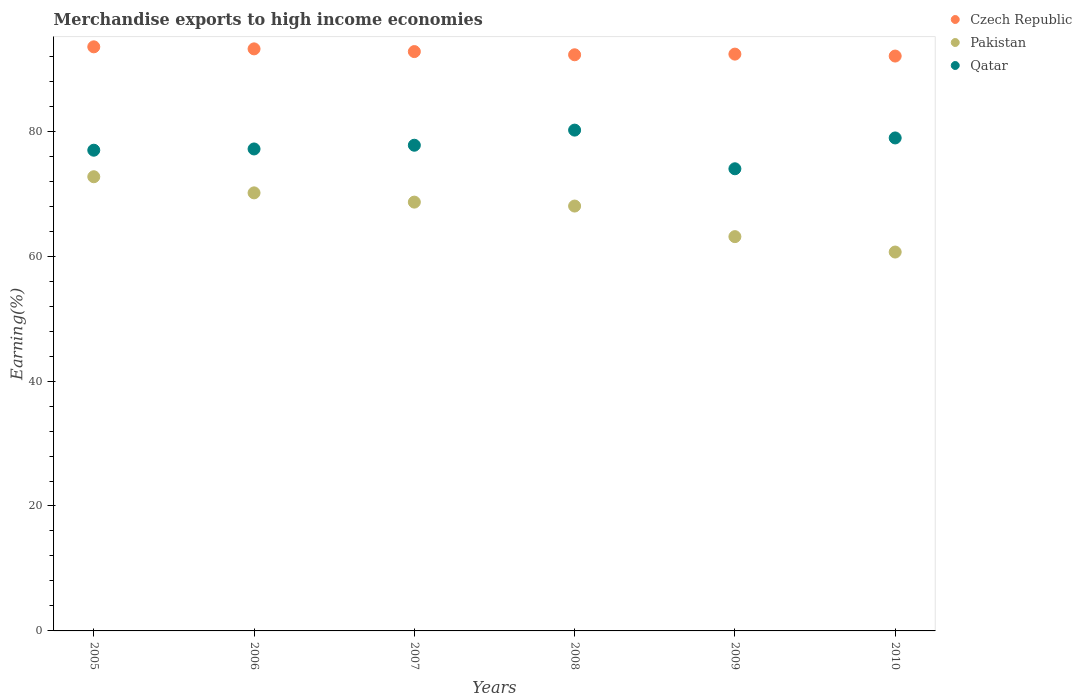
| Years | Czech Republic | Pakistan | Qatar |
 | --- | --- | --- | --- |
 | 2005 | 93.5 | 72.7 | 77 |
 | 2006 | 93.2 | 70.1 | 77.2 |
 | 2007 | 92.7 | 68.6 | 77.8 |
 | 2008 | 92.2 | 68 | 80.2 |
 | 2009 | 92.3 | 63.1 | 74 |
 | 2010 | 92 | 60.7 | 78.9 |